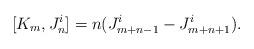
LaTeX: \begin{align*}[K_{m}, J^i_{n}] = n (J^i_{m + n-1} - J^i_{m + n + 1}).\end{align*}